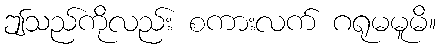
ဤသည်ကိုလည်း စကားလက် ဂရုမမူမိ။